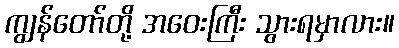
ကျွန်တော်တို့ အဝေးကြီး သွားရမှာလား။